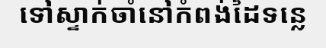
ទៅស្ទាក់ចាំនៅកំពង់ដៃទន្លេ